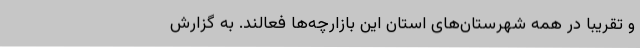
و تقریبا در همه شهرستان‌های استان این بازارچه‌ها فعالند. به گزارش